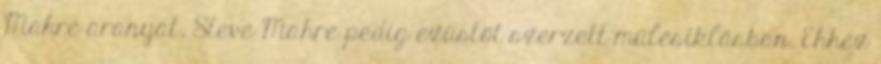
Mahre aranyat, Steve Mahre pedig ezüstöt szerzett műlesiklásban. Ehhez